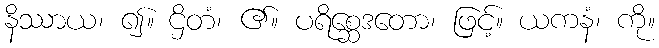
နိဿာယ၊ ၍။ ဌိတံ၊ ၏။ ပရိစ္ဆေဒတော၊ ဖြင့်။ ယကနံ၊ ကို။